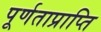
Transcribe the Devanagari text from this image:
पूर्णताप्राप्ति